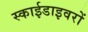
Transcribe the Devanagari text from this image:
स्काईडाइवरों